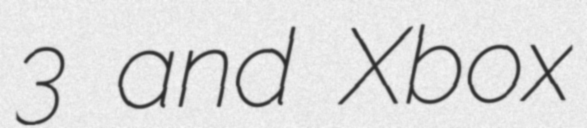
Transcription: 3 and Xbox